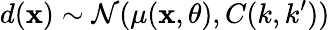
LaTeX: d(\mathbf{x})\sim\mathcal{{N}}(\mu(\mathbf{x},\theta),C(k,k^{\prime}))